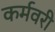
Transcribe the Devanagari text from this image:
कर्मवरी